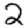
Digit: 2